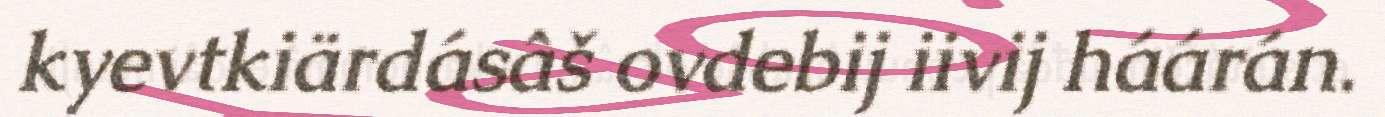
kyevtkiärdásâš ovdebij iivij háárán.